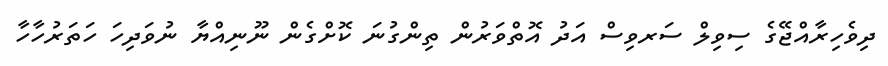
ދިވެހިރާއްޖޭގެ ސިވިލް ސަރވިސް އަދު އޮތްވަރުން ތިންގުނަ ކޮށްގެން ނޫނިއްޔާ ނުވަދިހަ ހަތަރުހާހާ